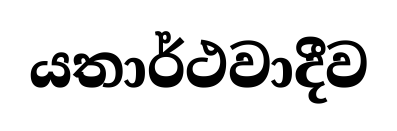
යතාර්ථවාදීව